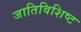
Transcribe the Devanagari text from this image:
जातिविशिष्ट